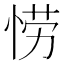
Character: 𫺘